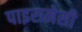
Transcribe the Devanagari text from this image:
पाइरानेसी